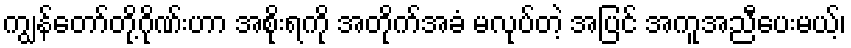
ကျွန်တော်တို့ဂိုဏ်းဟာ အစိုးရကို အတိုက်အခံ မလုပ်တဲ့ အပြင် အကူအညီပေးမယ့်၊